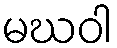
မဃဝါ